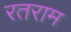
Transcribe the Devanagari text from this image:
रतराम